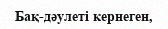
Бақ-дәулеті кернеген,